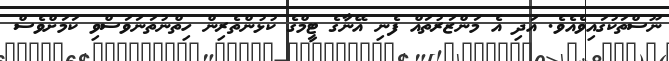
ނޫސްތަކުގައިވެއެވެ. އަދި އެ މަންޒަރުތައް ފެނި އޭނާގެ ޓީމްގެ ކުޅުންތެރިން ހިތްނުތަނަވަސްވި ކަމަށްވެސް